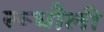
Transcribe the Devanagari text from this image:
रूधौली